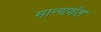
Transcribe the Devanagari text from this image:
मान्यवंत